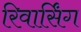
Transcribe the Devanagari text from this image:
रिवार्सिंग